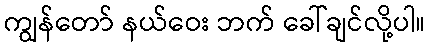
ကျွန်တော် နယ်ဝေး ဘက် ခေါ်ချင်လို့ပါ။